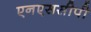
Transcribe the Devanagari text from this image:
एनएससीपी